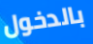
بالدخول